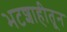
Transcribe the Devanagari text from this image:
भटशाहीतून